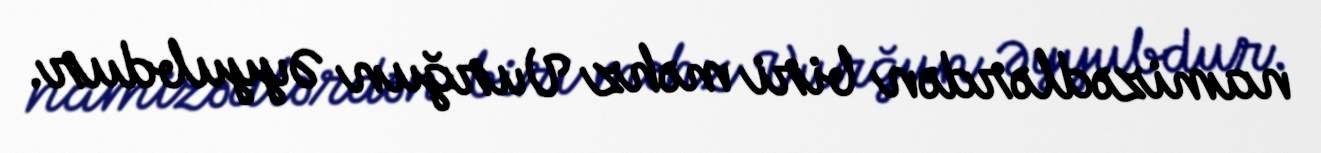
namizədlərdən biri məhz Vurğun Əyyubdur.